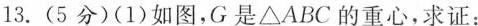
13.(5分)(1)如图，G是△ABC的重心，求证：